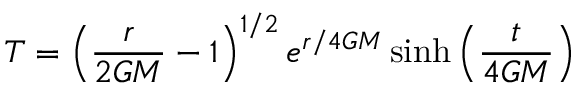
T = \left( { \frac { r } { 2 G M } } - 1 \right) ^ { 1 / 2 } e ^ { r / 4 G M } \sinh \left( { \frac { t } { 4 G M } } \right)